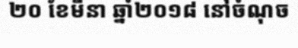
២០ ខែមីនា ឆ្នាំ២០១៨ នៅចំណុច